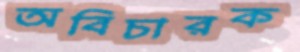
অবিচারক